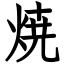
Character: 焼